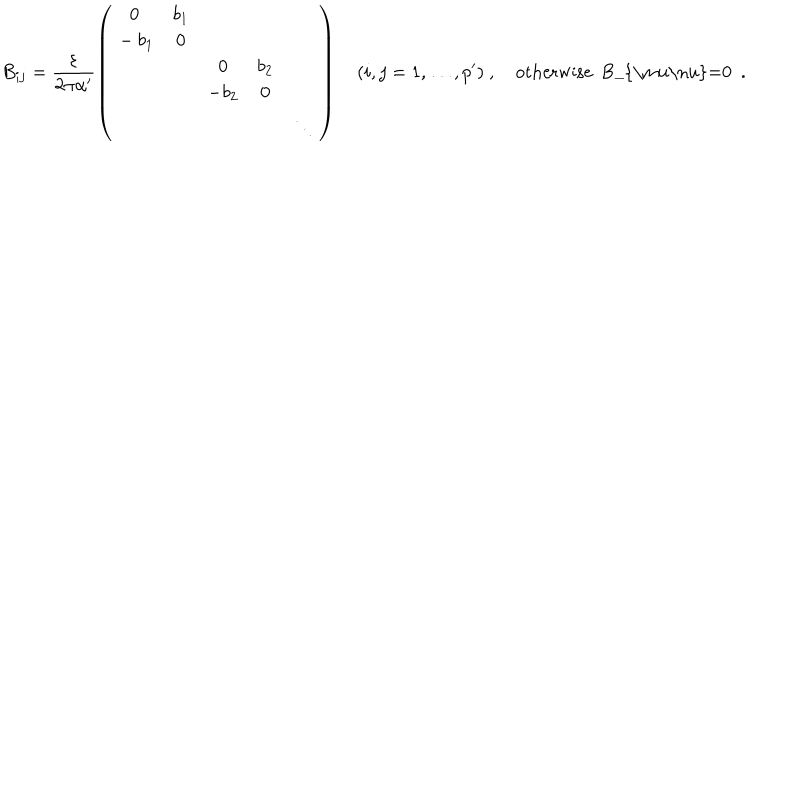
LaTeX: B _ { i j } = \frac { \varepsilon } { 2 \pi \alpha ^ { \prime } } \left( \begin{array} { c c c c c } { { 0 } } & { { b _ { 1 } } } & { { } } & { { } } & { { } } \\ { { { } - b _ { 1 } } } & { { 0 } } & { { } } & { { } } & { { } } \\ { { } } & { { } } & { { 0 } } & { { b _ { 2 } } } & { { } } \\ { { } } & { { } } & { { - b _ { 2 } } } & { { 0 } } & { { } } \\ { { } } & { { } } & { { } } & { { } } & { { \ddots } } \\ \end{array} \right) \quad ( i , j = 1 , \ldots , p ^ { \prime } ) ~ , \quad \mathrm { o t h e r w i s e ~ B _ { \ m u \ n u } = 0 ~ } ~ .